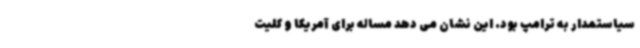
سیاستمدار به ترامپ بود. این نشان می دهد مساله برای آمریکا و کلیت